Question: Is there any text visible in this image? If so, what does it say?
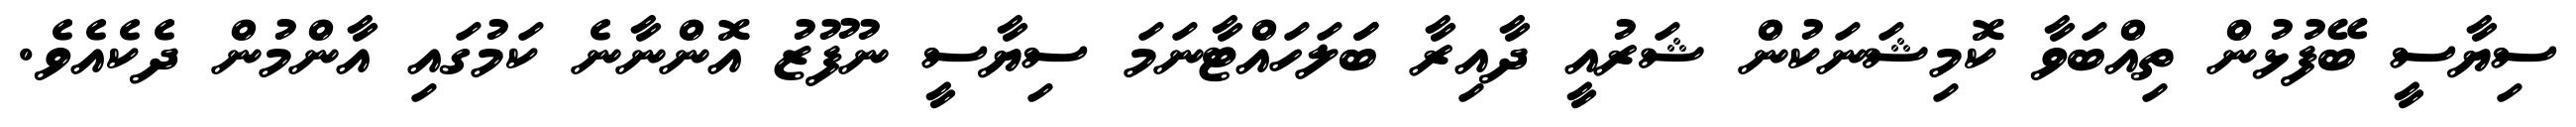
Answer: ސިޔާސީ ބޭފުޅުން ތިއްބަވާ ކޮމިޝަނަކުން ޝަރުއީ ދާއިރާ ބަަލަހައްޓާނަމަ ސިޔާސީ ނުފޫޒު އޮންނާނެ ކަމުގައި އާންމުން ދެކެއެވެ.